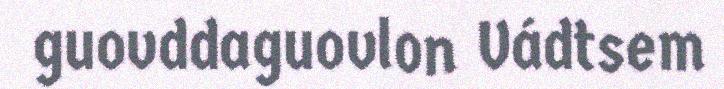
guovddaguovlon Vádtsem